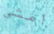
امشي